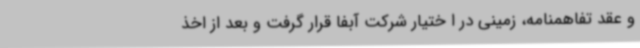
و عقد تفاهمنامه، زمینی در ا ختیار شرکت آبفا قرار گرفت و بعد از اخذ